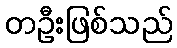
တဦးဖြစ်သည်